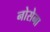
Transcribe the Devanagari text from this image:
नोसेना